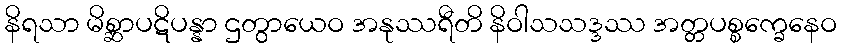
နိရသာ မိစ္ဆာပဋိပန္နာ ဌတွာယေဝ အနုဿရီတိ နိဝါသသဒ္ဒဿ အတ္တပစ္စက္ခေနေဝ